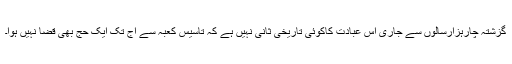
گزشتہ چارہزارسالوں سے جاری اس عبادت کاکوئی تاریخی ثانی نہیں ہے کہ تاسیس کعبہ سے آج تک ایک حج بھی قضا نہیں ہوا۔